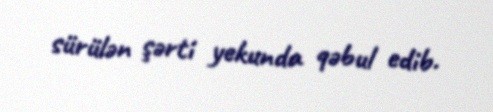
sürülən şərti yekunda qəbul edib.